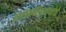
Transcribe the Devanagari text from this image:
होतोमच्छिंद्रनाथांचे